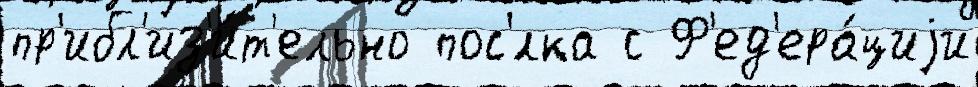
пр'ибл'из'и́т'ельно пос'́лка с Ф'ед'ера́циjи